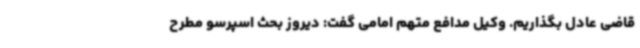
قاضی عادل بگذاریم. وکیل مدافع متهم امامی گفت: دیروز بحث اسپرسو مطرح